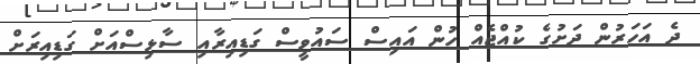
ދެ އަހަރުން ދަށުގެ ކުއްޖެއް ހުން އައިސް ސައުވީސް ގަޑިއިރާއި ސާޅިސްއަށް ގަޑިއިރަށް